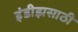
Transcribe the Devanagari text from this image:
इंडीझसाठी